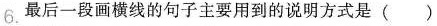
6.最后一段画横线的句子主要用到的说明方式是( )